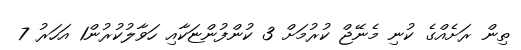
ތިން ރަށެއްގެ ކުނި މެނޭޖް ކުރުމަށް 3 ކުންފުންޏަކާއި ހަވާލުކުރުން1 އަހަރު 7